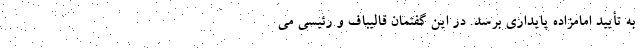
به تأیید امامزاده پایداری برسد. در این گفتمان قالیباف و رئیسی می‌